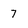
Character: 7